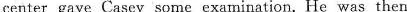
center gave Casey some examination. He was then